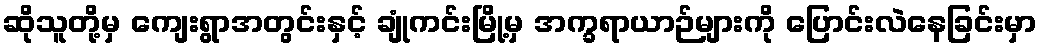
ဆိုသူတို့မှ ကျေးရွာအတွင်းနှင့် ချုံကင်းမြို့မှ အက္ခရာယာဉ်များကို ပြောင်းလဲနေခြင်းမှာ